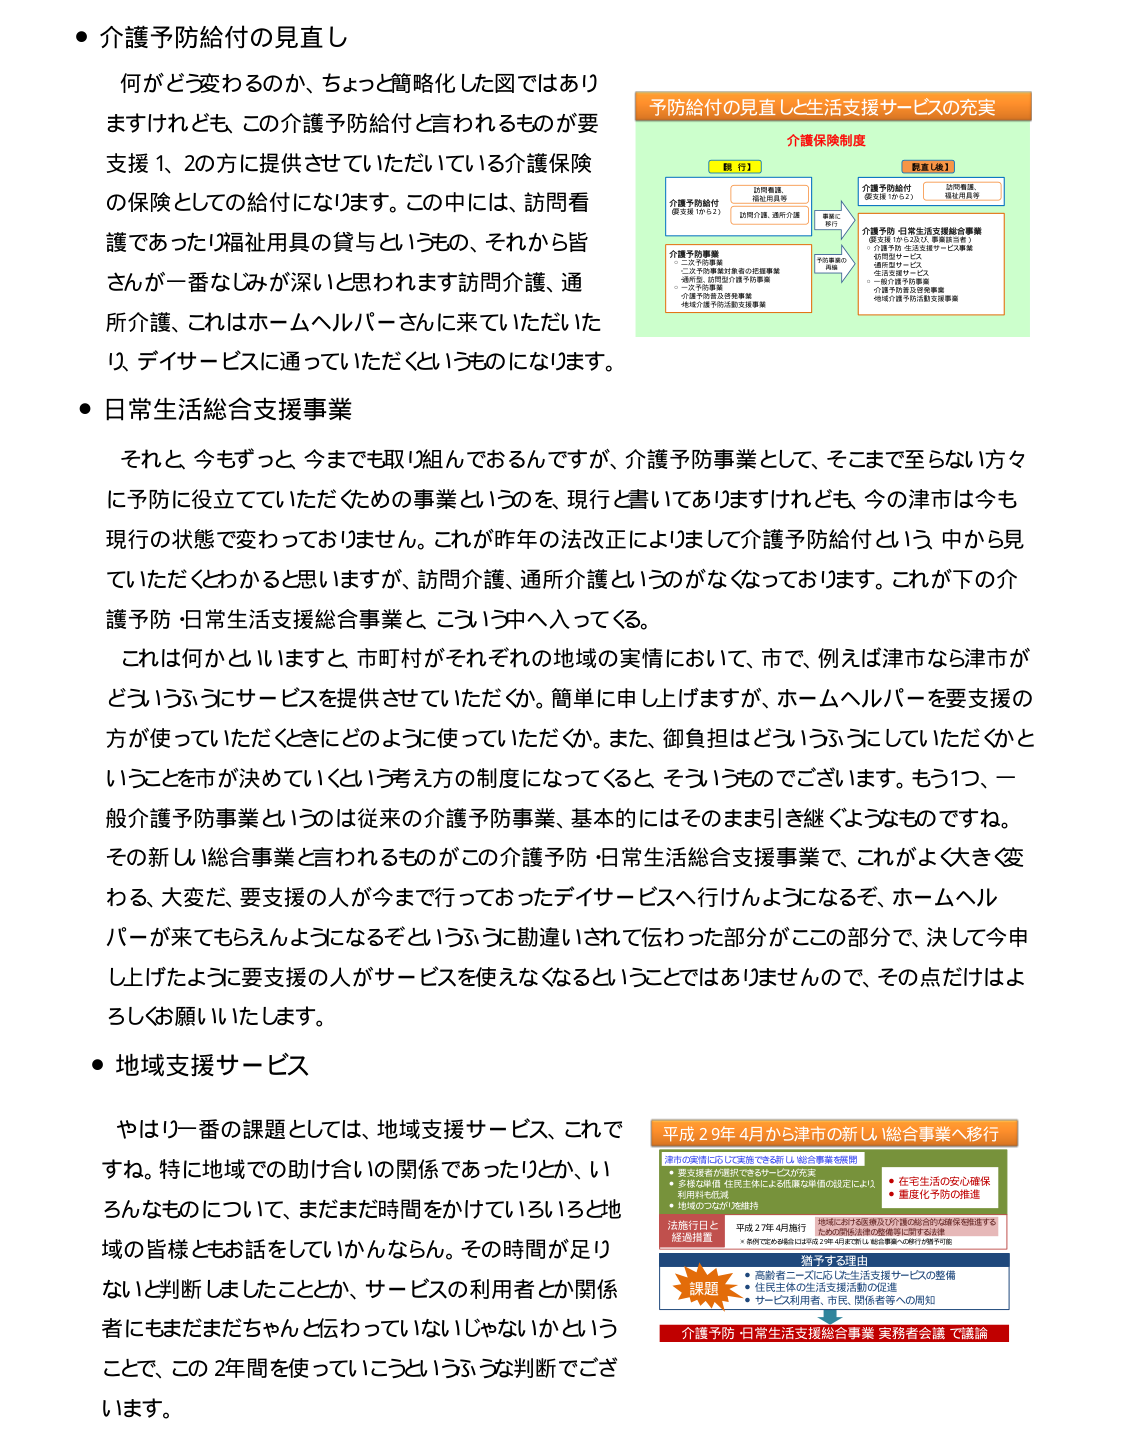
● 介護予防給付の見直し
何がどう変わるのか、ちょっと簡略化した図ではありますけれども、この介護予防給付と言われるものが要支援1、2の方に提供させていただいている介護保険の保険としての給付になります。この中には、訪問看護であったり福祉用具の貸与というもの、それから皆さんが一番なじみが深いと思います訪問介護、通所介護、これはホームヘルパーさんに来ていただいたり、デイサービスに通っていただくものになります。

● 日常生活総合支援事業
それと、今もずっと、今までも取り組んでおるんですが、介護予防事業として、そこまで至らない方々に予防に役立てていただくための事業というのを、現行と書いてありますけれども、今の津市は今も現行の状態で変わっておりません。これが昨年の法改正によりまして介護予防給付という中から見ていただくわかると思いますが、訪問介護、通所介護というのがなくなっております。これが下の介護予防・日常生活支援総合事業と、こういう中へ入ってくる。
これは何かといいますと、市町村がそれぞれの地域の実情において、市で、例えば津市なら津市がどういうふうにサービスを提供させていただくか。簡単に申し上げますが、ホームヘルパーを要支援の方が使っていただくときにどのように使っていただくか。また、御負担はどういうふうにしていただくかということを市が決めていくという考え方の制度になってくると、そういうものでございます。もう1つ、一般介護予防事業というのは従来の介護予防事業、基本的にはそのまま引き継ぐようなものです。
その新しい総合事業と言われるものがこの介護予防・日常生活総合支援事業で、これが大きく変わる、大変だ、要支援の人が今まで行っておったデイサービスに行けようになるぞ、ホームヘルパーが来てもらえんようになるぞというふうに勘違いされて伝わった部分がこの部分で、決して今申し上げたように要支援の人がサービスを使えなくなるということではありませんので、その点だけはよろしくお願いいたします。

● 地域支援サービス
やはり一番の課題としては、地域支援サービス、これです。特に地域での助け合いの関係であったりとか、いろんなものについて、まだまだ時間をかけていろいろと地域の皆様ともお話をしていかんならん。その時間が足りないと判断しましたこととか、サービスの利用者とか関係者にもまだまだちゃんと伝わっていないじゃないかということで、この2年間を使っていこうというふうな判断でございます。

予防給付の見直しと生活支援サービスの充実
介護保険制度
【現行】
介護予防給付（要支援1から2）
訪問看護、福祉用具等
訪問介護、通所介護
→ 事業に移行 →
【見直し後】
介護予防給付（要支援1から2）
訪問看護、福祉用具等
介護予防・日常生活支援総合事業（要支援1から2及び、事業者指定）
・介護予防・生活支援サービス事業
・訪問型サービス
・通所型サービス
・生活支援サービス
・一般介護予防事業
・介護予防普及啓発事業
・地域介護予防活動支援事業
予防事業の再編
介護予防事業
・二次予防事業
・二次予防事業対象者の把握事業
・通所型、訪問型介護予防事業
・二次予防事業
・介護予防普及啓発事業
・地域介護予防活動支援事業

平成29年4月から津市の新しい総合事業へ移行
津市の実情に応じて実施できる新しい総合事業を展開
・要支援者の主体性を高めるサービスの充実
・多様な準備、住民主体による低廉な事情の設定により、利用料を低減
・地域のつながりを維持
・在宅生活の安心確保
・重度化予防の推進
法施行日と経過措置
平成27年4月施行
・条例である場合には平成27年4月末に新しい総合事業への移行が着手可能
地域における医療及び介護の総合的な確保を推進するための関係法律の整備等に関する法律
措する理由
課題
・高齢者ニーズに応じた生活支援サービスの整備
・住民主体の生活支援活動の促進
・サービス利用者、市民、関係者等への周知
介護予防・日常生活支援総合事業 実務者会議で議論